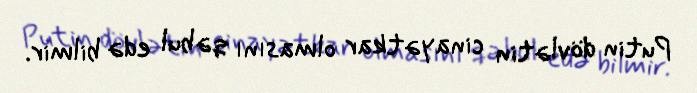
Putin dövlətin cinayətkar olmasını qəbul edə bilmir.